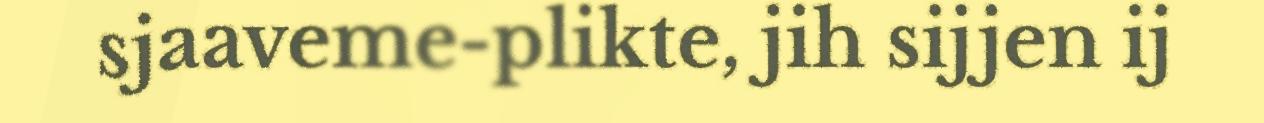
sjaaveme-plikte, jih sijjen ij